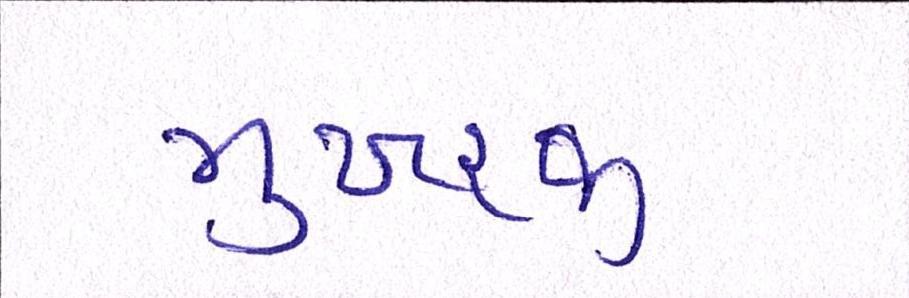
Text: મુખરજી